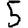
Digit: 5